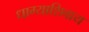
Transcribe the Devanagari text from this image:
धाग्याशिवाय